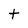
Character: t